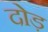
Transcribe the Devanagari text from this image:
दोड़